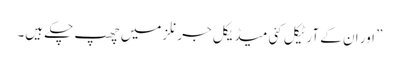
” اور ان کے آرٹیکل کئی میڈیکل جرنلز میں‌ چھپ چکے ہیں۔